Annual administration report of the Civil Veterinary Department, Sind - 1943-1944
Year: 1943
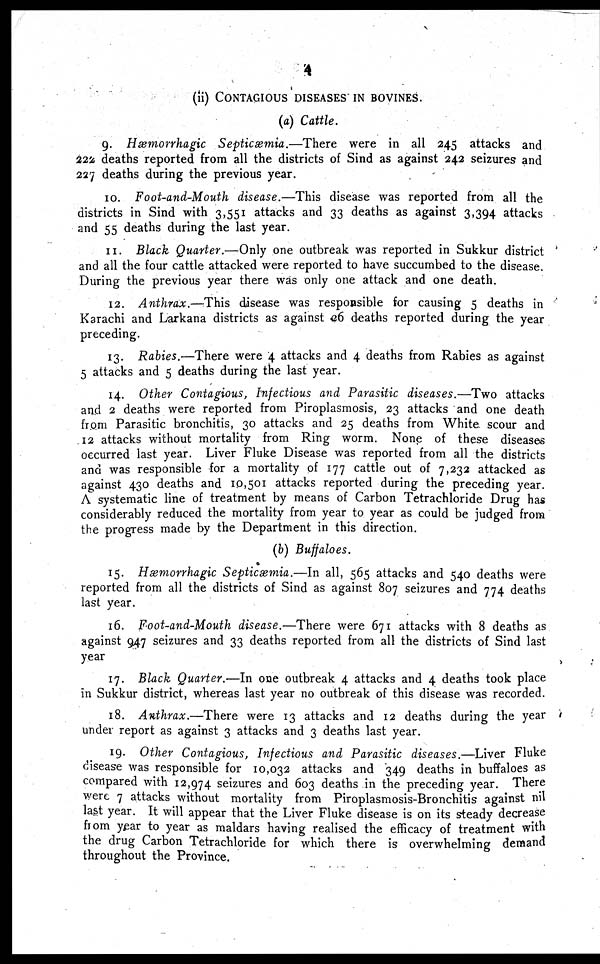
4
(ii) CONTAGIOUS DISEASES IN BOVINES.
(a) Cattle.
9. Hæmorrhagic
Septicæmia.—There
were in all 245 attacks and
222 deaths reported from all the districts of Sind as against 242 seizures and
227 deaths during the previous year.
10. Foot-and-Mouth disease.—This disease was reported from all the
districts in Sind with 3,551 attacks and 33 deaths as against 3,394 attacks
and 55 deaths during the last year.
11. Black Quarter.—Only one outbreak was reported in Sukkur district
and all the four cattle attacked were reported to have succumbed to the disease.
During the previous year there was only one attack and one death.
12. Anthrax.—This
disease was responsible for causing 5 deaths in
Karachi and Larkana districts as against 26 deaths reported during the year
preceding.
13. Rabies.—There were 4 attacks and 4 deaths from Rabies as against
5 attacks and 5 deaths during the last year.
14. Other Contagious, Infectious and Parasitic diseases.—Two attacks
and 2 deaths were reported from Piroplasmosis, 23 attacks and one death
from Parasitic bronchitis, 30 attacks and 25 deaths from White scour and
12 attacks without mortality from Ring worm. None of these diseases
occurred last year. Liver Fluke Disease was reported from all the districts
and was responsible for a mortality of 177 cattle out of 7,232 attacked as
against 430 deaths and 10,501 attacks reported during the preceding year.
A systematic line of treatment by means of Carbon Tetrachloride Drug has
considerably reduced the mortality from year to year as could be judged from
the progress made by the Department in this direction.
(b) Buffaloes.
15. Hæmorrhagic Septicæmia.—In all, 565 attacks and 540 deaths were
reported from all the districts of Sind as against 807 seizures and 774 deaths
last year.
16. Foot-and-Mouth disease.—There were 671 attacks with 8 deaths as
against 947 seizures and 33 deaths reported from all the districts of Sind last
year
17. Black Quarter.—In one outbreak 4 attacks and 4 deaths took place
in Sukkur district, whereas last year no outbreak of this disease was recorded.
18. Anthrax.—There
were 13 attacks and 12 deaths during the year
under report as against 3 attacks and 3 deaths last year.
19. Other Contagious, Infectious and Parasitic diseases.—Liver Fluke
disease was responsible for 10,032 attacks and 349 deaths in buffaloes as
compared with 12,974 seizures and 603 deaths in the preceding year. There
were 7 attacks without mortality from Piroplasmosis-Bronchitis against nil
last year. It will appear that the Liver Fluke disease is on its steady decrease
from year to year as maldars having realised the efficacy of treatment with
the drug Carbon Tetrachloride for which there is overwhelming demand
throughout the Province.